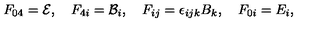
F _ { 0 4 } = { \cal { E } } , \quad F _ { 4 i } = { \cal { B } } _ { i } , \quad F _ { i j } = \epsilon _ { i j k } B _ { k } , \quad F _ { 0 i } = E _ { i } ,